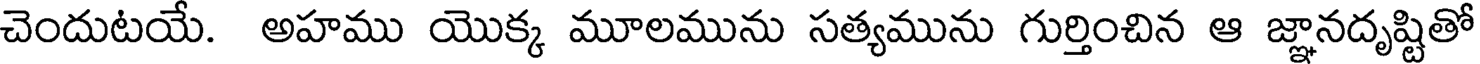
చెందుటయే. అహము యొక్క మూలమును సత్యమును గుర్తించిన ఆ జ్ఞానదృష్టితో